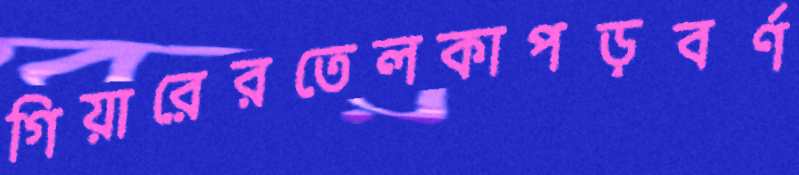
গিয়ারেরতেলকাপড়বর্ণ